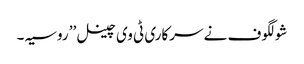
شولگوف نے سرکاری ٹی وی چینل ’’ روسیہ ۔